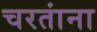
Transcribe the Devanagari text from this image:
चरतांना